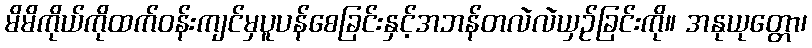
မိမိကိုယ်ကိုထက်ဝန်းကျင်မှပူပန်စေခြင်းနှင့်အဘန်တလဲလဲယှဉ်ခြင်းကို။ အနုယုတ္တော၊